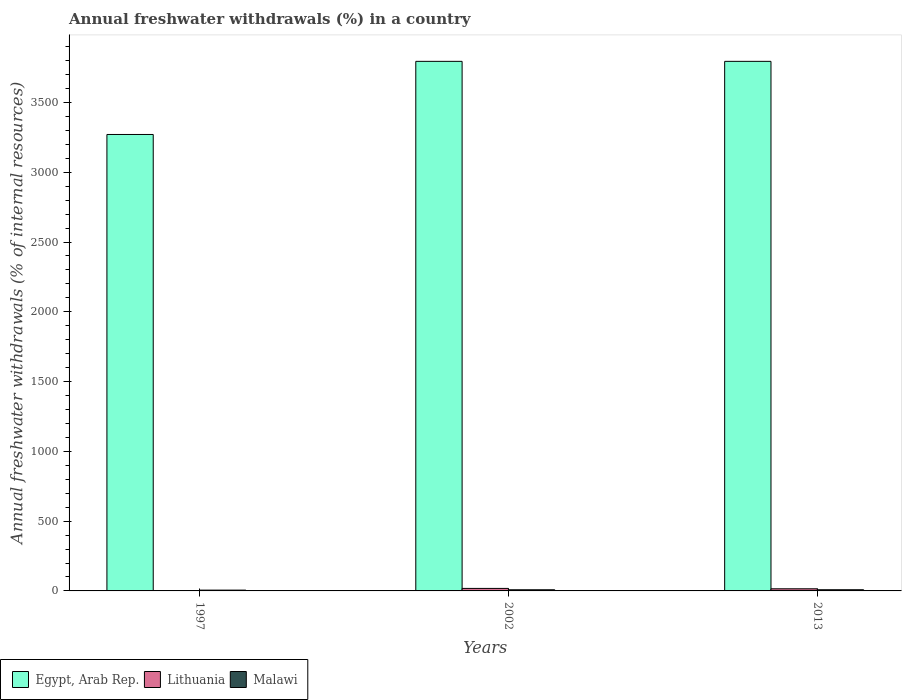
| Years | Egypt, Arab Rep. | Lithuania | Malawi |
 | --- | --- | --- | --- |
 | 1997 | 3.27e+03 | 1.63 | 5.8 |
 | 2002 | 3.79e+03 | 18 | 8.21 |
 | 2013 | 3.79e+03 | 15.3 | 8.41 |